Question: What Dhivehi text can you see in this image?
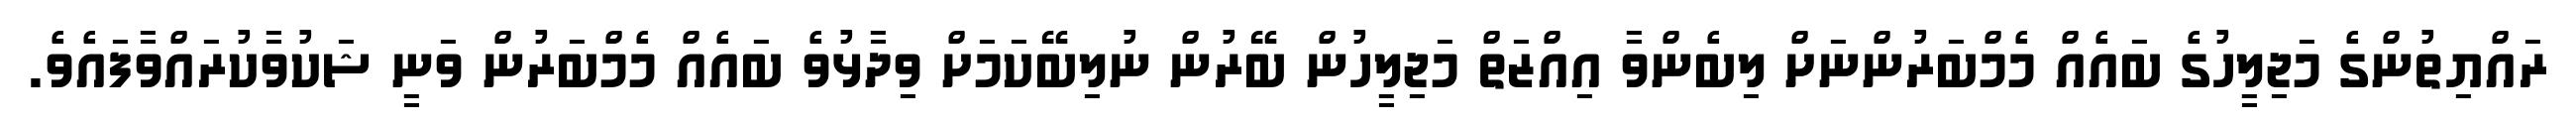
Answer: ރައްޔިތުންގެ މަޖިލީހުގެ ބައެއް މެމްބަރުންނަށް ލިބެންވާ އިއްޒަތް މަޖިލީހުން ބޭރުން ނުލިބޭކަމަށް ވިދާޅުވެ ބައެއް މެމްބަރުން ވަނީ ޝަކުވާކުރައްވާފައެވެ.